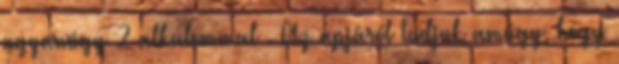
ugyanúgy 2 alkalommal . Az apjáról tudjuk amúgy, hogy